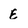
Character: e